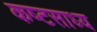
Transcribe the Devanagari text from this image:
कष्‍टसाध्‍य